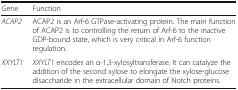
| Gene | Function |
 | --- | --- |
 | ACAP2 | ACAP2 is an Arf-6 GTPase-activating protein. The main function of ACAP2 is to controlling the return of Arf-6 to the inactive GDP-bound state, which is very critical in Arf-6 function regulation. |
 | XXYLT1 | XXYLT1 encodes an α-1,3-xylosyltransferase. It can catalyze the addition of the second xylose to elongate the xylose-glucose disaccharide in the extracellular domain of Notch proteins. |